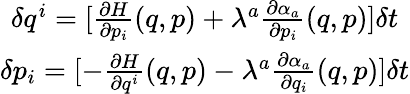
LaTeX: \begin{array}{c}{\delta q^{i}=[\frac{\partial H}{\partial p_{i}}(q,p)+\lambda^{a}\frac{\partial\alpha_{a}}{\partial p_{i}}(q,p)]\delta t}\\ {\delta p_{i}=[-\frac{\partial H}{\partial q^{i}}(q,p)-\lambda^{a}\frac{\partial\alpha_{a}}{\partial q_{i}}(q,p)]\delta t}\end{array}